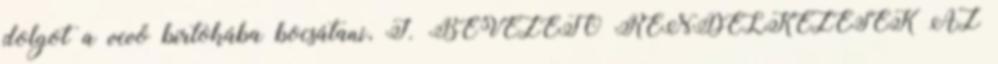
dolgot a vevő birtokába bocsátani, I. BEVEZETŐ RENDELKEZÉSEK AZ